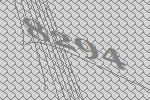
8294